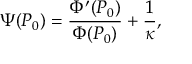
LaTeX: \Psi ( P _ { 0 } ) = \frac { \Phi ^ { \prime } ( P _ { 0 } ) } { \Phi ( P _ { 0 } ) } + \frac 1 \kappa ,